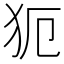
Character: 𤜸